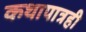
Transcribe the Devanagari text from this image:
कथापात्रही